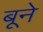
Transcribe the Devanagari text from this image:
बूने